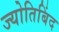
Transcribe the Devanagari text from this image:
ज्योतिबिंद